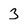
Character: 3